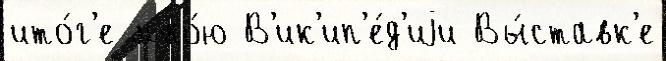
ито́г'е мно́ю В'ик'ип'е́д'иjи Вы́ставк'е